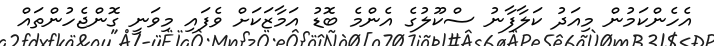
އެހެންކަމުން މިއަދު ކަލާފާނު ސްކޫލުގެ އެންމެ ބޮޑު އަމާޒަކަށް ވެފައި މިވަނީ ގޮންޖެހުންތައް